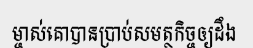
ម្ចាស់គោបានប្រាប់សមត្ថកិច្ចឲ្យដឹង